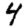
Digit: 4